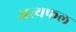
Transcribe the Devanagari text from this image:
अत्यफल